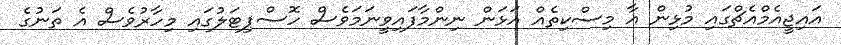
އައިޖީއެމްއެޗްގައި މުޅިން އާ މިސްކިތެއް އަޅަން ނިންމާފައިވީނަމަވެސް ހޮސްޕިޓަލުގައި މިހާރުވެސް އެ ތަނުގެ